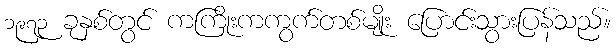
၁၉၇၃ ခုနှစ်တွင် ကကြိုးကကွက်တစ်မျိုး ပြောင်းသွားပြန်သည်။